Lunatic asylums Madras 1892-1911 - 1892-1911
Year: 1892
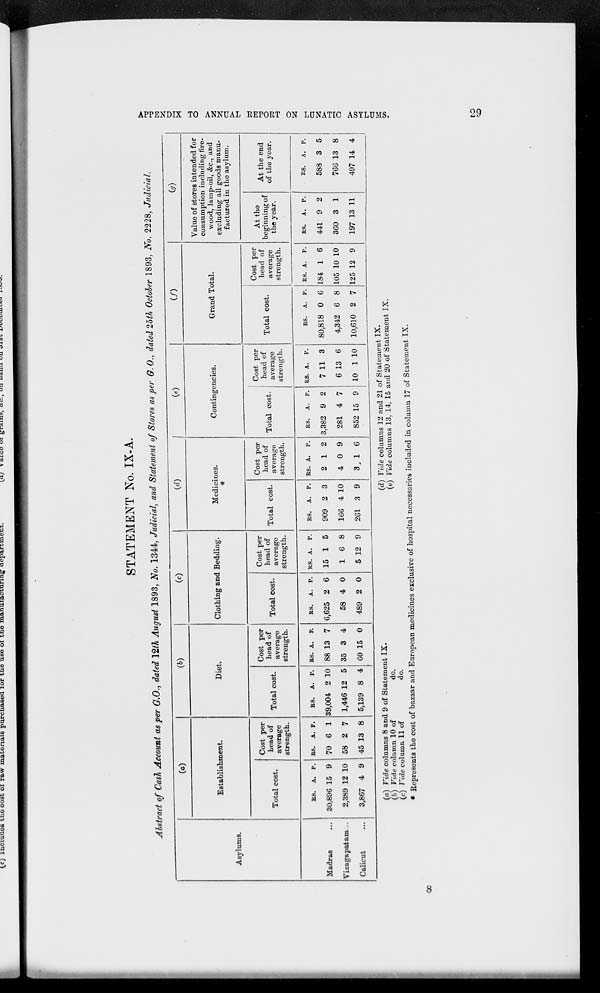
APPENDIX TO ANNUAL REPORT ON LUNATIC ASYLUMS.
29
STATEMENT No. IX-A.
Abstract of Cash Account as per G.O., dated 12th August 1893, No. 1344, Judicial, and Statement of Stores as per G.O., dated 25th October 1893, No. 2228, Judicial.
Asylums.
Madras ...
Vizagapatam ...
Calicut ...
(a)
Establishment.
Total cost.
Rs.
30,896
2,389
3,867
A.
15
12
4
P.
9
10
9
Cost per
head of
average
strength.
Rs.
70
58
45
A.
6
2
13
P.
1
7
8
(b)
Diet.
Total cost.
Rs.
39,004
1,446
5,139
A.
2
12
8
P.
10
5
4
Cost per
head of
average
strength.
Rs.
88
35
60
A.
13
3
15
P.
7
4
0
(c)
Clothing and Bedding.
Total cost.
Rs.
6,625
58
489
A.
2
4
2
P.
6
0
0
Cost per
head of
average
strength.
Rs.
15
1
5
A.
1
6
12
P.
5
8
9
(d)
Medicines.
*
Total cost.
Rs.
909
166
261
A.
2
4
3
P.
3
10
9
Cost per
head of
average
strength.
Rs.
2
4
3
A.
1
0
1
P.
2
9
6
(e)
Contingencies.
Total cost.
Rs.
3,382
281
852
A.
9
4
15
P.
2
7
9
Cost per
head of
average
strength.
Rs.
7
6
10
A.
11
13
1
P.
3
6
10
(f)
Grand Total.
Total cost.
Rs.
80,818
4,342
10,610
A.
0
6
2
P.
6
8
7
Cost per
head of
average
strength.
Rs.
184
105
125
A.
1
10
12
P.
6
10
9
(g)
Value of stores intended for
consumption including fire-
wood, lamp-oil, &c., and
excluding all goods manu-
factured in the asylum.
At the
beginning of
the year.
Rs.
441
360
197
A.
9
3
13
P.
2
1
11
At the end
of the year.
Rs.
588
766
497
A.
3
13
14
P.
5
8
4
(a) Vide columns 8 and 9 of Statement IX.
(d) Vide columns 12 and 21 of Statement IX.
(b) Vide column 10 of
do.
(e) Vide columns 13, 14, 15 and 20 of Statement IX.
(c) Vide column 11 of
do.
* Represents the cost of bazaar and European medicines exclusive of hospital necessaries included in column 17 of Statement IX.
8